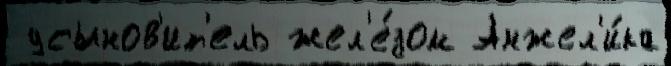
 усынов'ит'ель жел'е́зом Анжел'и́ка